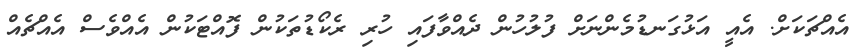
އެއްޗަކަށް. އެއީ އަޅުގަނޑުމެންނަށް ފުލުހުން ދެއްވާފައި ހުރި ރެކޯޑުތަކުން ފޮއްޓަކުން އެއްވެސް އެއްޗެއް